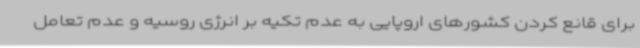
برای قانع کردن کشورهای اروپایی به عدم تکیه بر انرژی روسیه و عدم تعامل